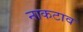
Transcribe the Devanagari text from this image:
नाकटाव